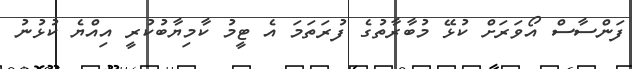
ފަންސާސް އޯވަރަށް ކުޅޭ މުބާރާތުގެ ފުރަތަމަ އެ ޓީމު ކާމިޔާބުކުރީ އިއްޔެ ކުޅުނު